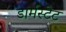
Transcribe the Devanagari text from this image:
डार्मस्टेट